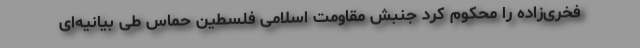
فخری‌زاده را محکوم کرد جنبش مقاومت اسلامی فلسطین حماس طی بیانیه‌ای